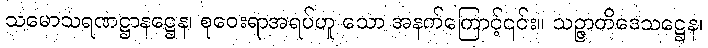
သမောသရဏဋ္ဌာနဋ္ဌေန၊ စုဝေးရာအရပ်ဟူ သော အနက်ကြောင့်၎င်း။ သဉ္ဇာတိဒေသဋ္ဌေန၊